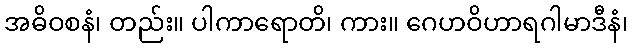
အဓိဝစနံ၊ တည်း။ ပါကာရောတိ၊ ကား။ ဂေဟဝိဟာရဂါမာဒီနံ၊